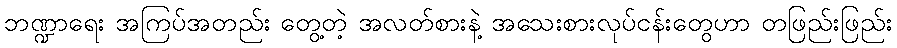
ဘဏ္ဍာရေး အကြပ်အတည်း တွေ့တဲ့ အလတ်စားနဲ့ အသေးစားလုပ်ငန်းတွေဟာ တဖြည်းဖြည်း